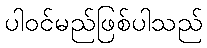
ပါဝင်မည်ဖြစ်ပါသည်